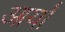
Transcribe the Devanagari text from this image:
आर्यां